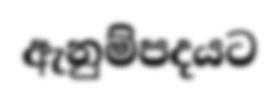
ඇනුම්පදයට